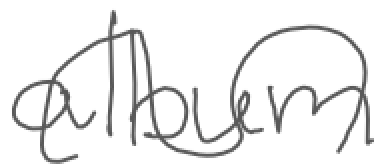
Text: album
Cross-out: wave
Writing tool: digital_gray